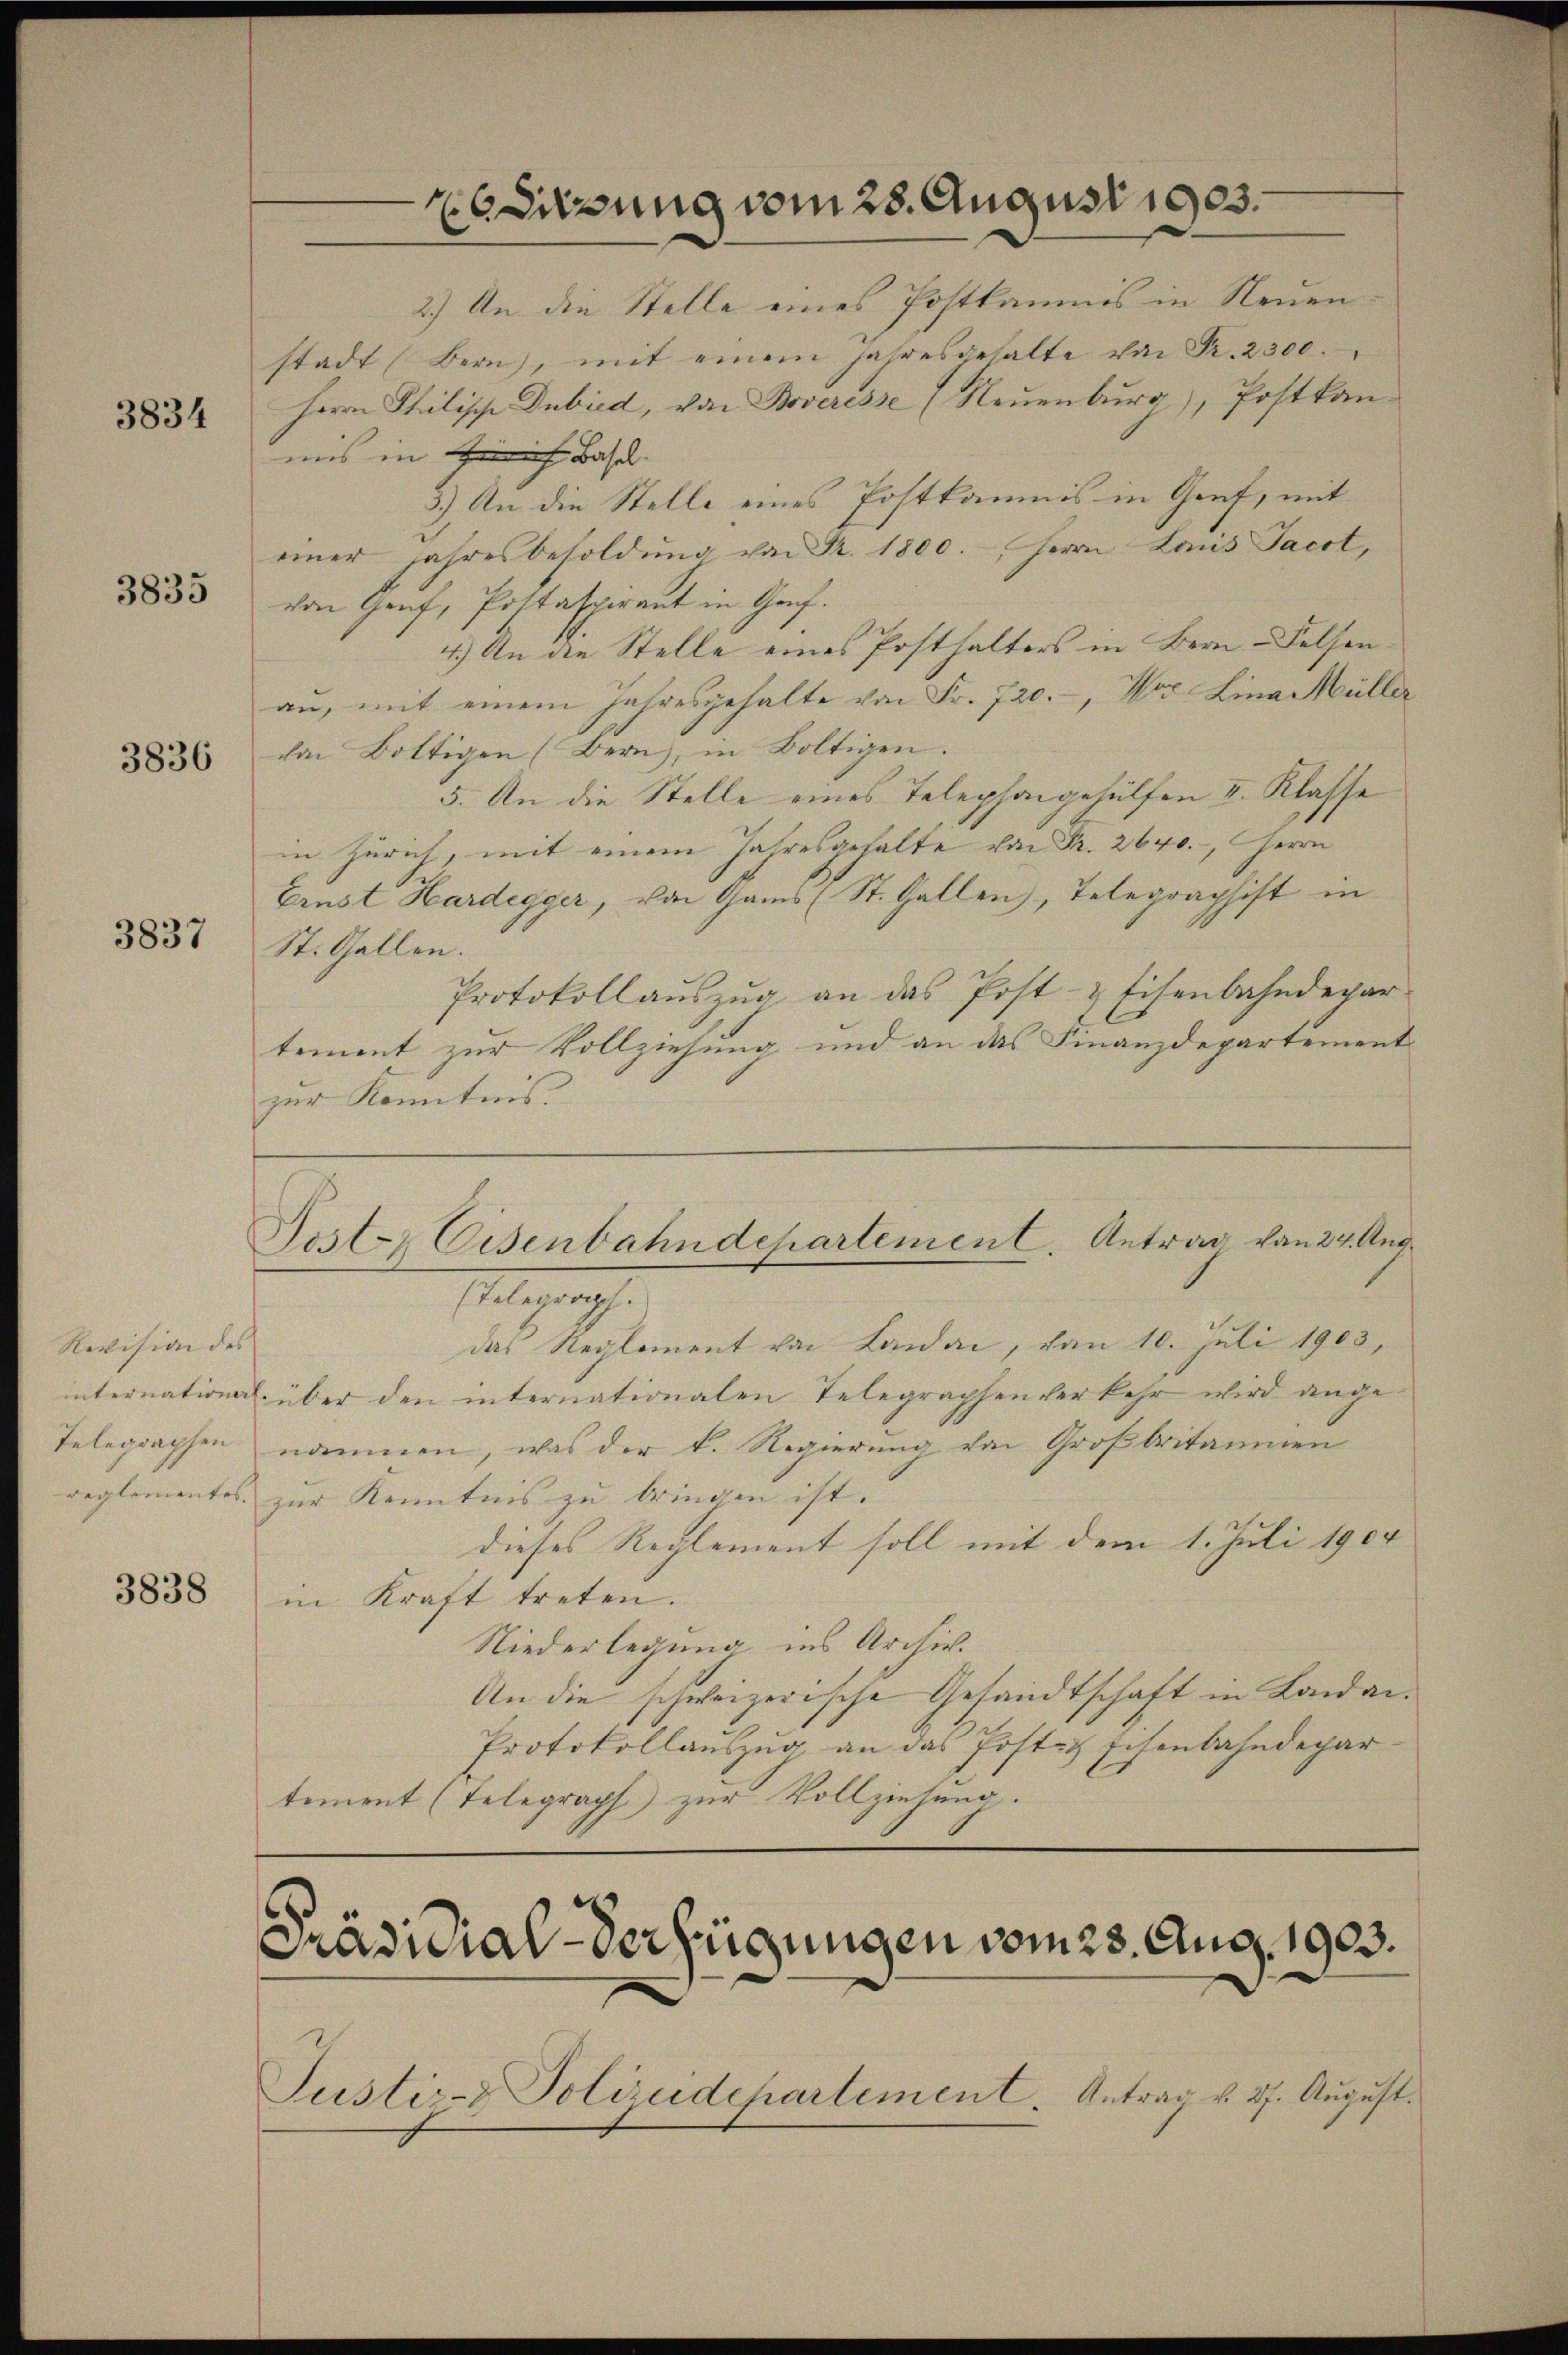
3834

3835

3836

3837

Revision des

3838

ESitzung vom 28. August 1903.

2.) An die Stelle eines Postkamnis in Neuenstadt (Bern, mit einem Jahresgehalte von Fr. 2300.
Herrn Philisch Dubied, von Boveresse (Neuenburg), Postkanmis in Zürich Basel
3.) An die Stelle eines Postkamnis in Genf, mit
einer Jahresbesoldung von Fr. 1800.-, Herrn Lois Jacot,
von Genf, Postaspirant in Genf.
4.) An die Stelle eines Posthalters in Bern - Felsenau, mit einem Jahresgehalte von Fr. 720.-, Wer Lina Müller
den Bottigen (Bern, in Boltigen.
5. An die Stelle eines Telephongehülfen II. Klasse
in Zürich, mit einem Jahresgehalte von Fr. 2640. Herrn
Ernst Hardegger, von Gams (St. Gallen, Telegraphist in
St. Gallen.
Protokollauszug an das Post- & Eisenbahndepar-
tement zur Vollziehung und an das Finanzdepartement
zur Kenntnis.
Posten Eisenbahndepartement. Antrag von 24. Aug.
Malges.
das Reglement von Landa, den 10. Juli 1903,
internation über den internationalen Telegraphen herkehr wird ange
Telegraphen nommen, was der k. Regierung von Großbritainen
reglementes zur Kenntnis zu bringen ist.
dieses Reglement soll mit dem 1. Juli 1904. |
in Kraft treten.
Niederlegung ins Archiv.
An die schweizerische Gesandtschaft in Landan¬
Protokollauszug an das Post schenbahndepartement (Telegraph zur Vollziehung.

Präsidial-Verfügungen vom 23. Aug. 1903.
Justiz- & Polizeidepartement. Antrag v. 27. August.